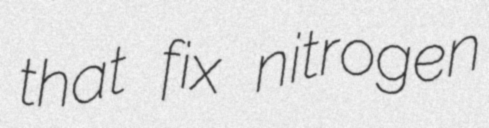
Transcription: that fix nitrogen